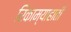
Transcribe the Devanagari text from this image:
रिकाम्याहाती